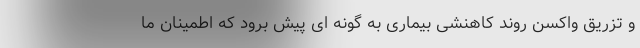
و تزریق واکسن روند کاهنشی بیماری به گونه ای پیش برود که اطمینان ما